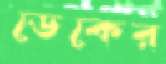
ডেকের